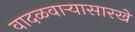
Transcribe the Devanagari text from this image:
वादळवाऱ्यासारखे